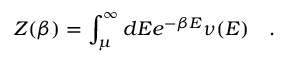
Z ( \beta ) = \int _ { \mu } ^ { \infty } d E e ^ { - \beta E } \nu ( E ) ~ ~ ~ .